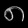
Digit: ၈